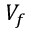
V _ { f }